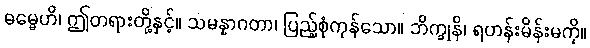
ဓမ္မေဟိ၊ ဤတရားတို့နှင့်။ သမန္နာဂတာ၊ ပြည့်စုံကုန်သော။ ဘိက္ခုနိ၊ ရဟန်းမိန်းမကို။